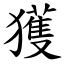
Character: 獲